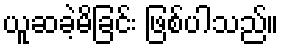
ယူဆခဲ့မိခြင်း ဖြစ်ပါသည်။